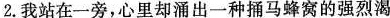
2.我站在一旁，心里却涌出一种捅马蜂窝的强烈渴